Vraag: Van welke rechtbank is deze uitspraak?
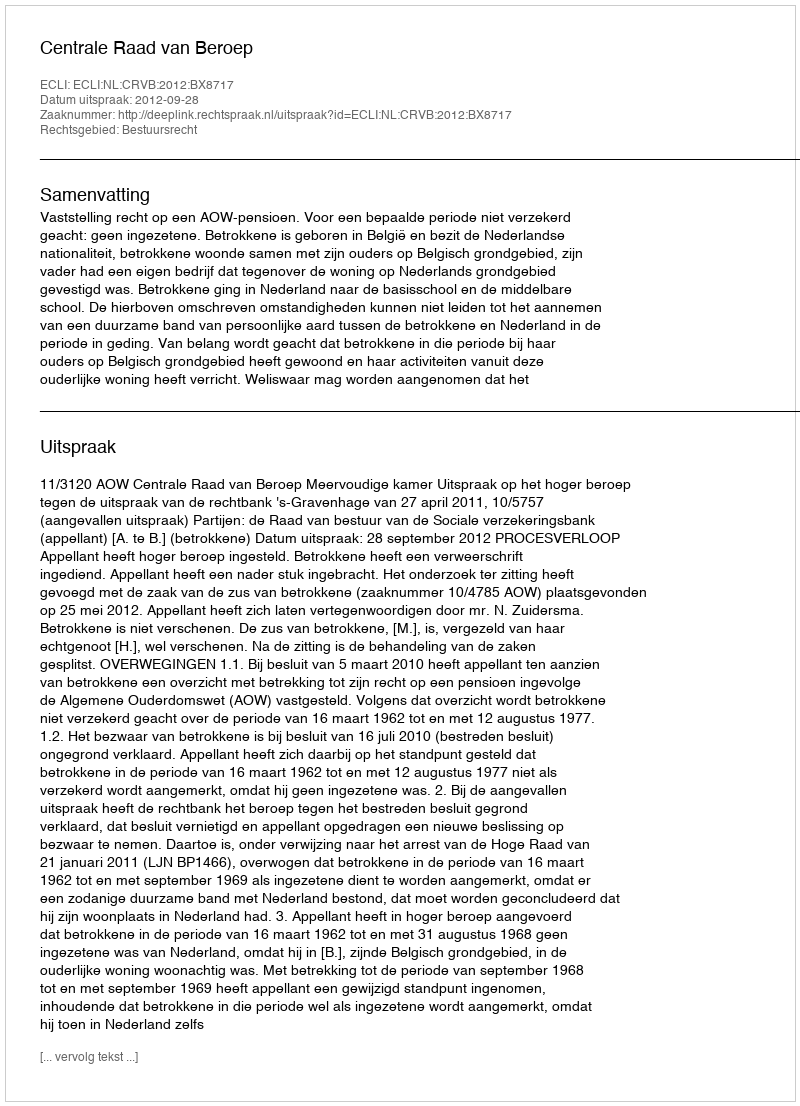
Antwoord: Centrale Raad van Beroep